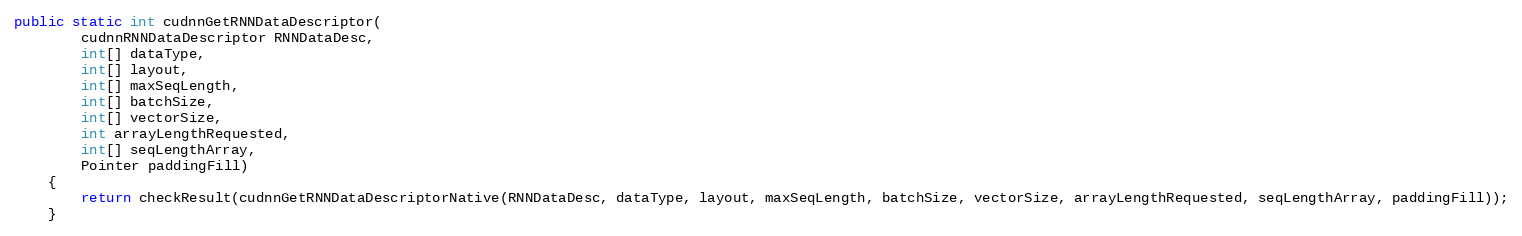
Language: Java
public static int cudnnGetRNNDataDescriptor(
        cudnnRNNDataDescriptor RNNDataDesc,
        int[] dataType,
        int[] layout,
        int[] maxSeqLength,
        int[] batchSize,
        int[] vectorSize,
        int arrayLengthRequested,
        int[] seqLengthArray,
        Pointer paddingFill)
    {
        return checkResult(cudnnGetRNNDataDescriptorNative(RNNDataDesc, dataType, layout, maxSeqLength, batchSize, vectorSize, arrayLengthRequested, seqLengthArray, paddingFill));
    }